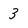
Character: 3